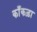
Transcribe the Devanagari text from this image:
काँकड़ा